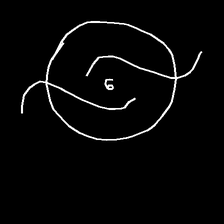
Glyph: repetition